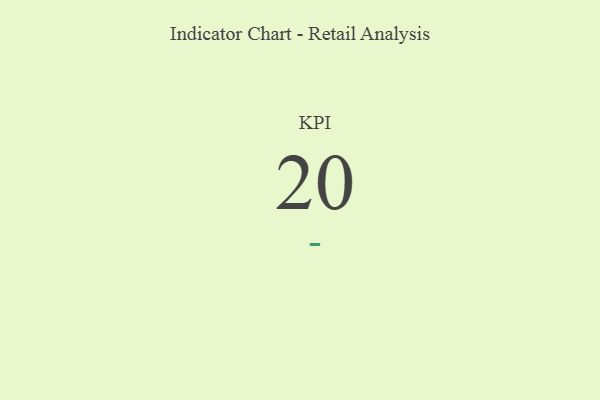
{"axis": {"x": "KPI", "y": "Value"}, "legend": [""], "data": [{"x": "KPI", "y": 20, "type": ""}]}